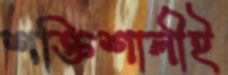
শক্তিশালীই